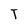
Character: T